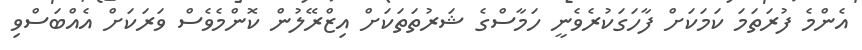
އެންމެ ފުރަތަމަ ކަމަކަށް ފާހަގަކުރެވެނީ ހަމާސްގެ ޝަރުތަތަކަށް އިޒްރޭލުން ކޮންމެވެސް ވަރަކަށް އެއްބަސްވި